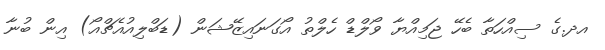
އދ.ގެ ސިއްހަތާ ބެހޭ ޖަމިއްޔާ ވޯލްޑް ހެލްތު އޯގަނައިޒޭޝަން (ޑަބްލިއުއެޗްއޯ) އިން ބުނާ